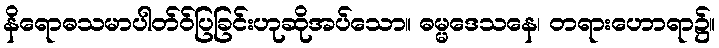
နိရောဓသမာပါတ်ဝ်ပြခြင်းဟုဆိုအပ်သော။ ဓမ္မဒေသနေ၊ တရားဟောရာ၌။